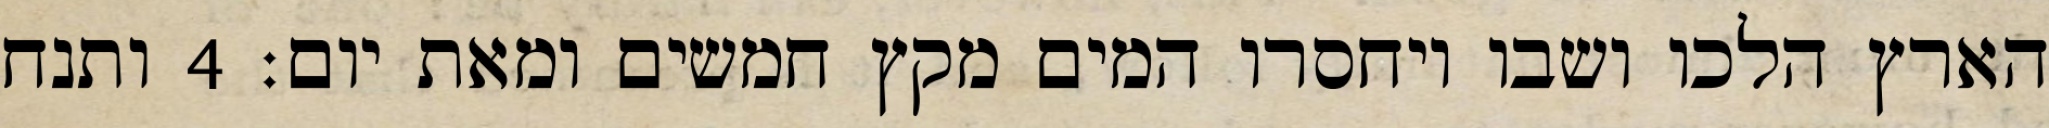
הארץ הלכו ושבו ויחסרו המים מקץ חמשים ומאת יום׃ ‎4‏ ותנח